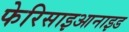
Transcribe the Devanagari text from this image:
फेरिसाइआनाइड